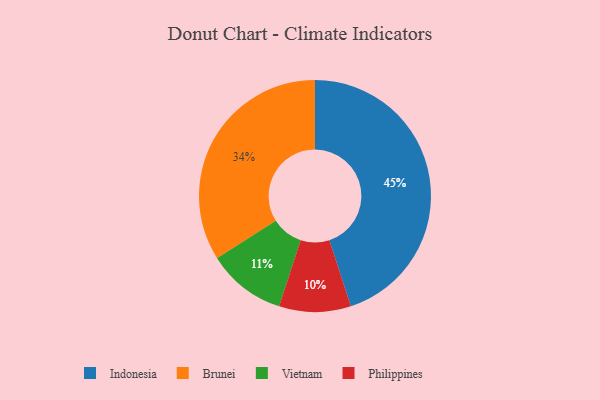
{"axis": {"x": "Category", "y": "Percentage"}, "legend": ["Brunei", "Indonesia", "Philippines", "Vietnam"], "data": [{"x": "Brunei", "y": 34, "type": "Brunei"}, {"x": "Indonesia", "y": 45, "type": "Indonesia"}, {"x": "Vietnam", "y": 11, "type": "Vietnam"}, {"x": "Philippines", "y": 10, "type": "Philippines"}]}